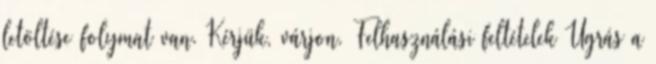
letöltése folymat van. Kérjük, várjon. Felhasználási feltételek Ugrás a